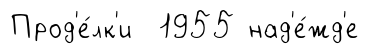
Прод'е́лк'и 1955 над'е́жд'е